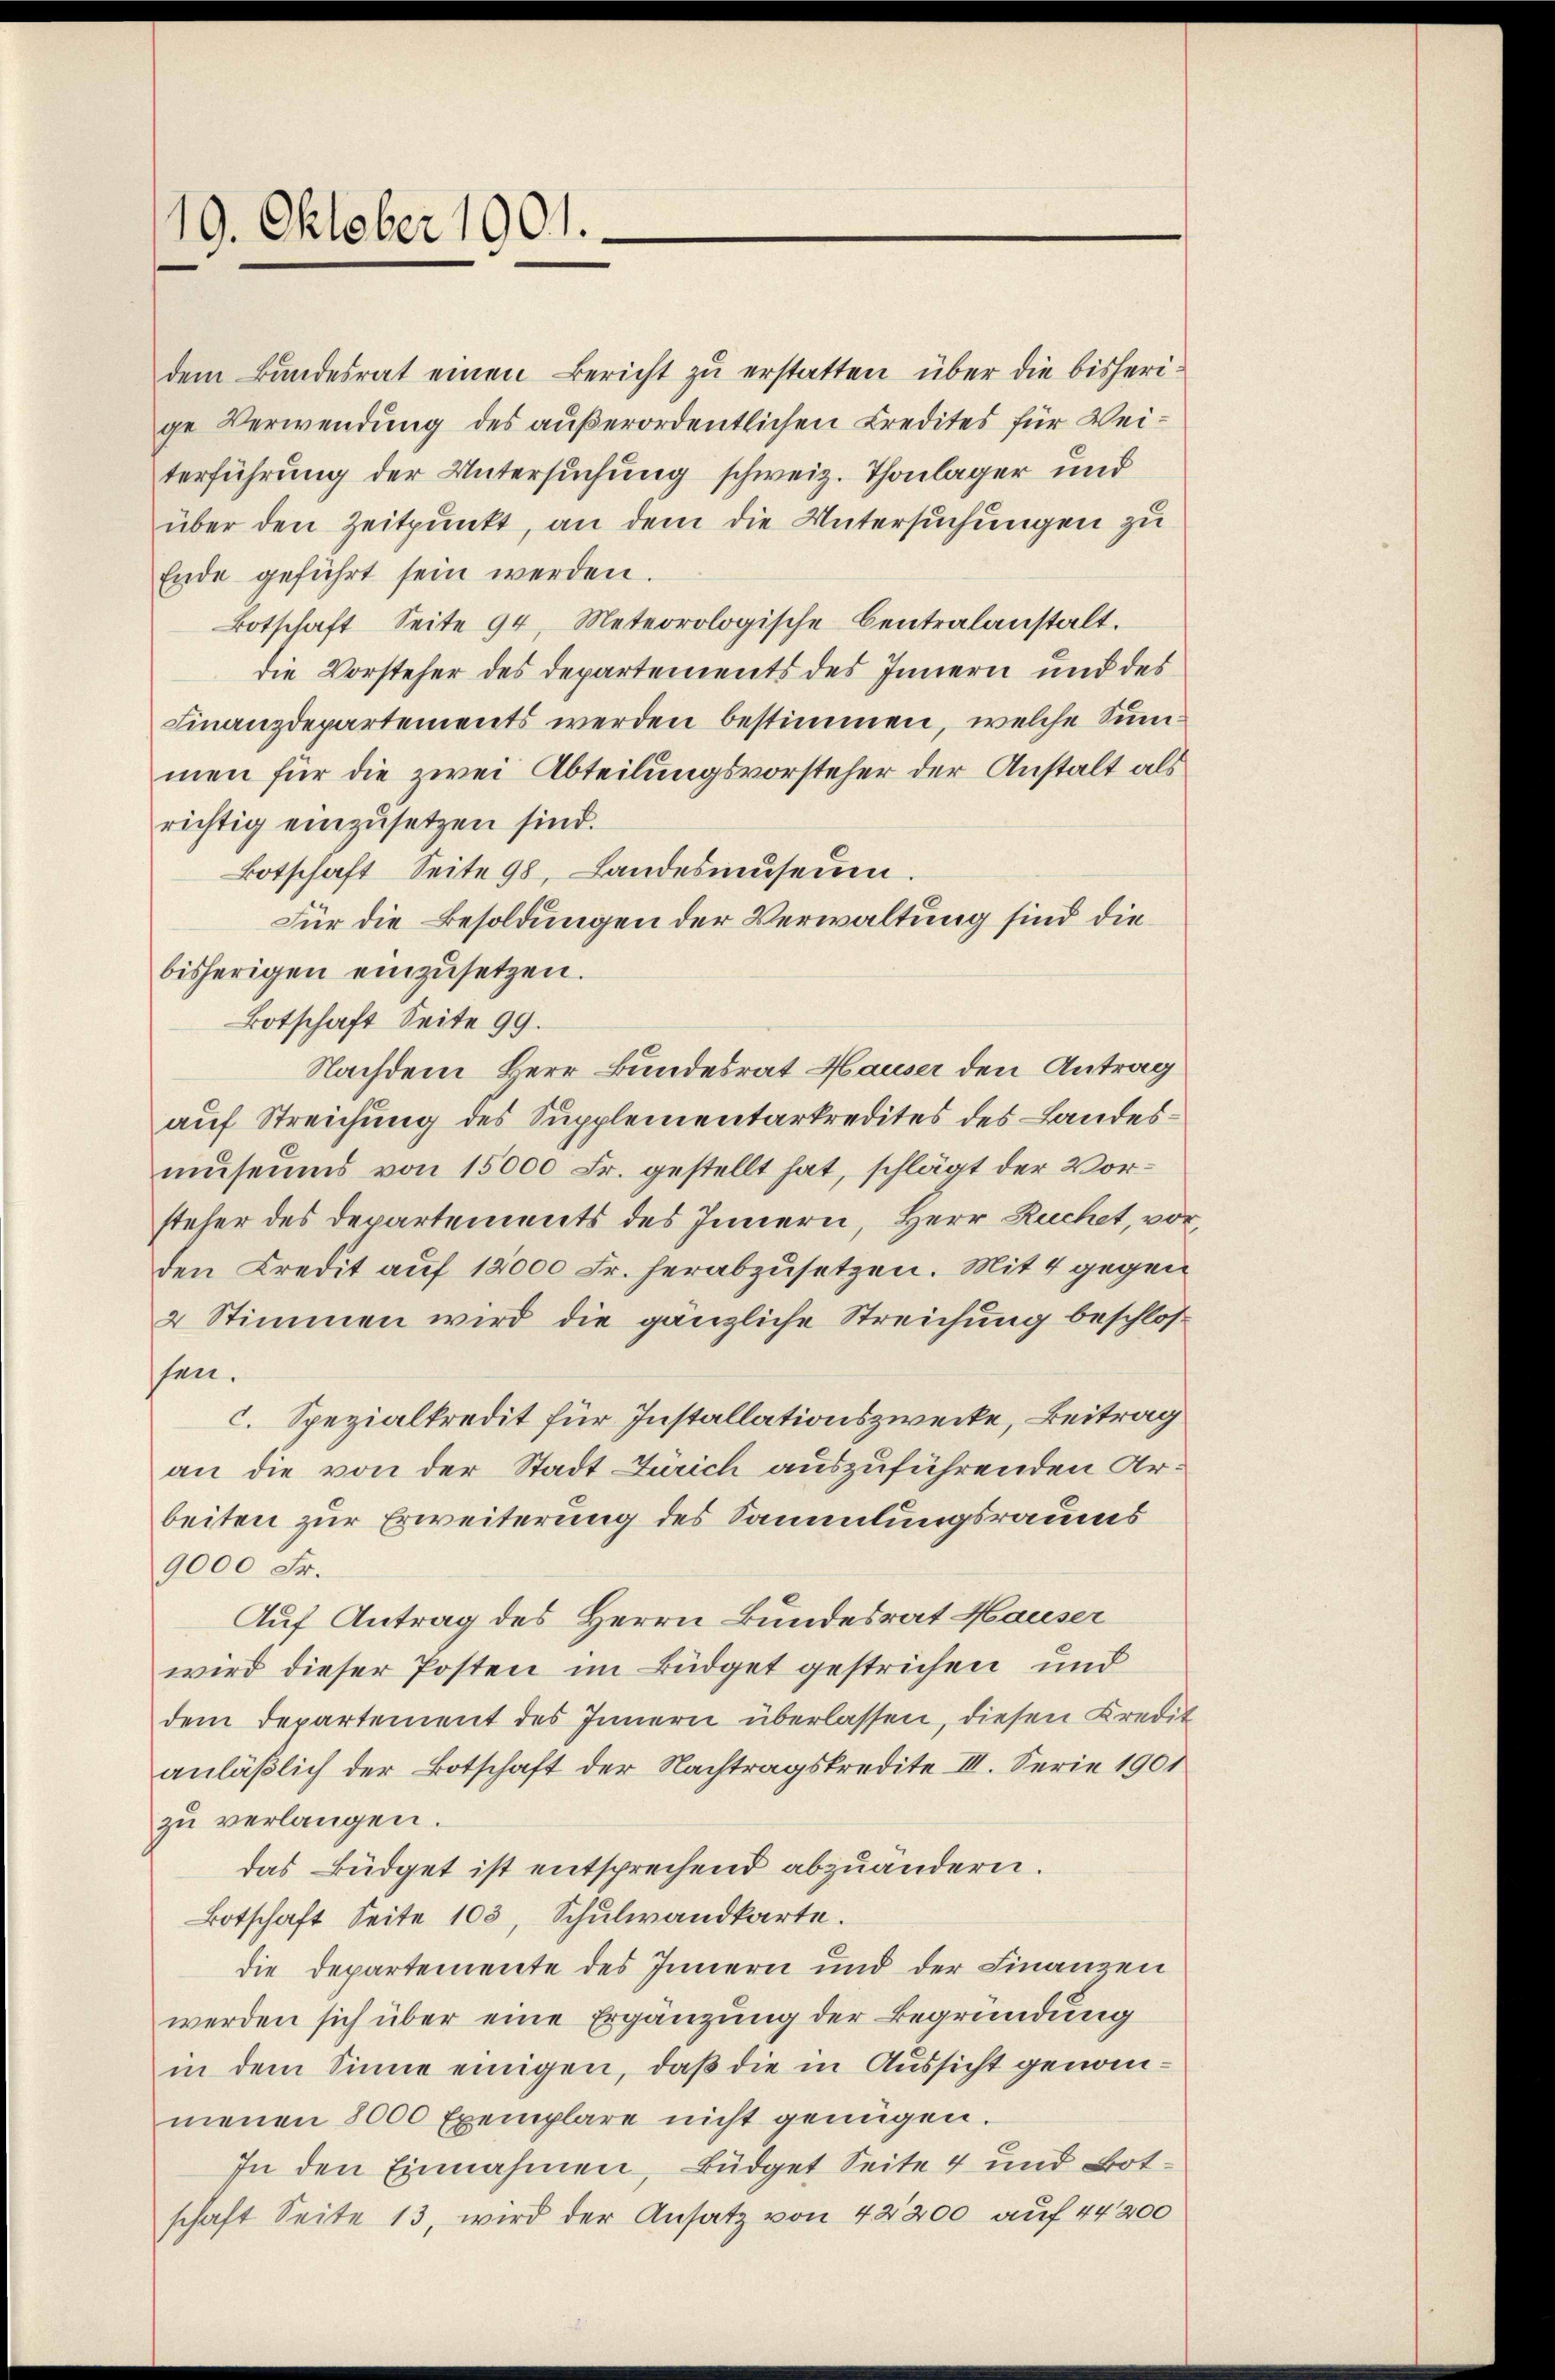
19. Oktober 1901.

dem Bundesrat einen Bericht zu erstatten über die bisherige Verwendung des außerordentlichen Credites für Weiterführung der Untersuchung schweiz. Thonlager und
über den Zeitpunkt, an dem die Untersuchungen zu
Ende geführt sein werden.
Botschaft Seite 94, Meteorologische Centralanstalt.
die Vorsteher des Departements des Innern und des
Finanzdepartements werden bestimmen, welche Summen für die zwei Abteilungsvorsteher der Anstalt als
richtig einzusetzen sind.
Botschaft Seite 98, Landesmuseum.
Für die Besoldungen der Verwaltung sind die
bisherigen einzusetzen.
Botschaft Seite 99.
Nachdem Herr Bundesrat Hauser den Antrag
auf Streichung des Supplementarkredites des Landesmuseums von 15000 Fr. gestellt hat, schlägt der Vorsteher des Departements des Innern, Herr Ruchet, vor,
den Credit auf 12000 Fr. herabzusetzen. Mit 4 gegen
2 Stimmen wird die gänzliche Streichung beschlos
ssen.
c. Spezialkredit für Installationszwecke, Beitrag
an die von der Stadt Zürich auszuführenden Arbeiten zur Erweiterung des Sammlungsraums
9000 Fr.
Auf Antrag des Herrn Bundesrat Hauser
wird dieser Posten im Büdget gestrichen und
dem Departement des Innern überlassen, diesen Kredit
anläßlich der Botschaft der Nachtragskredite III. Serie 1901
zu verlangen.
das Büdget ist entsprechend abzuändern.
Botschaft Seite 103, Schulwandkarte.
die Departemente des Innern und der Finanzen
werden sich über eine Ergänzung der Begründung
in dem Sinne einigen, daß die in Aussicht genommenen 8000 Exemplare nicht genügen
In den Einnahmen, Büdget Seite 4 und Botschaft Seite 13, wird der Ansatz von 42200 auf 44200